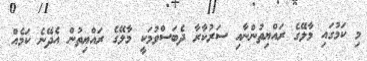
މި ކަމުގައި މާލޭގެ ރައްޔިތުންނާއި ސަރުކާރާ ދެބަސްވުމަކީ މާލޭގެ ރައްޔިތުން އެދޭނެ ކަމެއް